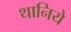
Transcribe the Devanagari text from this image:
थानिये